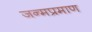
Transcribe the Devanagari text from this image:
जन्मप्रमाण